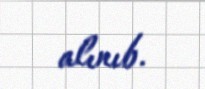
alınıb.